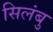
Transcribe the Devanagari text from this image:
सिलंबु